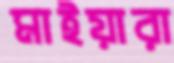
মাইয়ারা